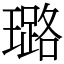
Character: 璐